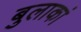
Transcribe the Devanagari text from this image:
बुलाकां